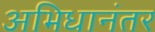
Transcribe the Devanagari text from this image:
अभिधानंतर